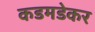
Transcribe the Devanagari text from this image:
कडमडेकर